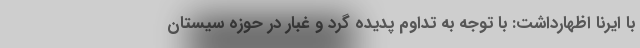
با ایرنا اظهارداشت: با توجه به تداوم پدیده گرد و غبار در حوزه سیستان